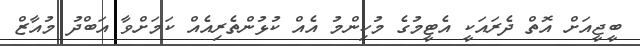
ބީޖީއަށް އޮތް ދެރައަކީ އެޓީމުގެ މުހިންމު އެއް ކުޅުންތެރިއެއް ކަމަށްވާ އަބްދު މުއާޒް